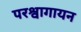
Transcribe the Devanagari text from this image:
परश्वागायन